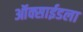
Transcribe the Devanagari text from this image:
ऑक्साईडला